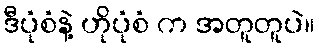
ဒီပုံစံနဲ့ ဟိုပုံစံ က အတူတူပဲ။